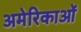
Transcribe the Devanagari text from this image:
अमेरिकाओं